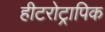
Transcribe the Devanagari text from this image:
हीटरोट्रापिक